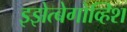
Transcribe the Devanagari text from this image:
इझेत्बेगोव्हिश